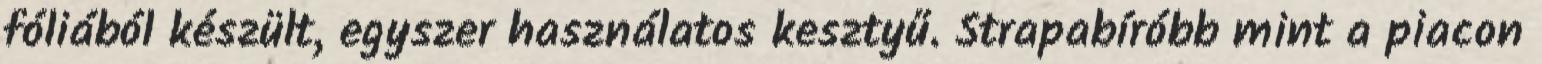
fóliából készült, egyszer használatos kesztyű. Strapabíróbb mint a piacon